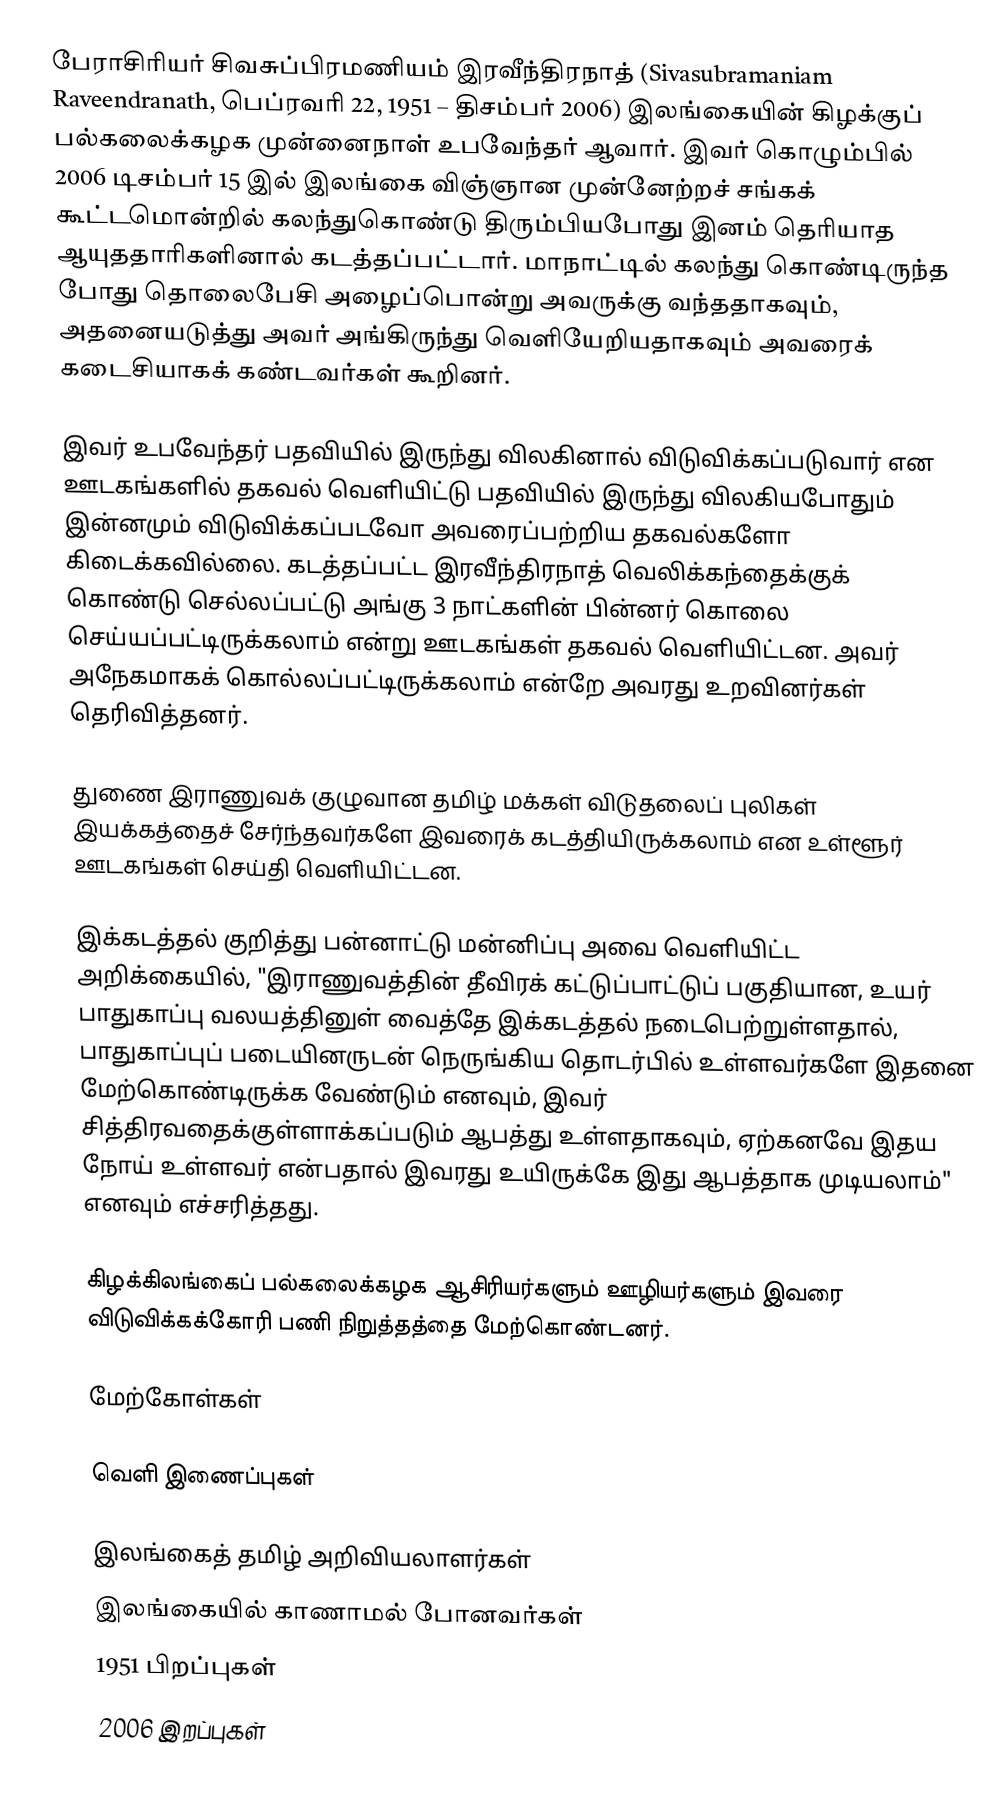
பேராசிரியர் சிவசுப்பிரமணியம் இரவீந்திரநாத் (Sivasubramaniam Raveendranath, பெப்ரவரி 22, 1951 – திசம்பர் 2006) இலங்கையின் கிழக்குப் பல்கலைக்கழக முன்னைநாள் உபவேந்தர் ஆவார். இவர் கொழும்பில் 2006 டிசம்பர் 15 இல் இலங்கை விஞ்ஞான முன்னேற்றச் சங்கக் கூட்டமொன்றில் கலந்துகொண்டு திரும்பியபோது இனம் தெரியாத ஆயுததாரிகளினால் கடத்தப்பட்டார். மாநாட்டில் கலந்து கொண்டிருந்த போது தொலைபேசி அழைப்பொன்று அவருக்கு வந்ததாகவும், அதனையடுத்து அவர் அங்கிருந்து வெளியேறியதாகவும் அவரைக் கடைசியாகக் கண்டவர்கள் கூறினர்.

இவர் உபவேந்தர் பதவியில் இருந்து விலகினால் விடுவிக்கப்படுவார் என ஊடகங்களில் தகவல் வெளியிட்டு பதவியில் இருந்து விலகியபோதும் இன்னமும் விடுவிக்கப்படவோ அவரைப்பற்றிய தகவல்களோ கிடைக்கவில்லை. கடத்தப்பட்ட இரவீந்திரநாத் வெலிக்கந்தைக்குக் கொண்டு செல்லப்பட்டு அங்கு 3 நாட்களின் பின்னர் கொலை செய்யப்பட்டிருக்கலாம் என்று ஊடகங்கள் தகவல் வெளியிட்டன. அவர் அநேகமாகக் கொல்லப்பட்டிருக்கலாம் என்றே அவரது உறவினர்கள் தெரிவித்தனர்.

துணை இராணுவக் குழுவான தமிழ் மக்கள் விடுதலைப் புலிகள் இயக்கத்தைச் சேர்ந்தவர்களே இவரைக் கடத்தியிருக்கலாம் என உள்ளூர் ஊடகங்கள் செய்தி வெளியிட்டன.

இக்கடத்தல் குறித்து பன்னாட்டு மன்னிப்பு அவை வெளியிட்ட அறிக்கையில், "இராணுவத்தின் தீவிரக் கட்டுப்பாட்டுப் பகுதியான, உயர் பாதுகாப்பு வலயத்தினுள் வைத்தே இக்கடத்தல் நடைபெற்றுள்ளதால், பாதுகாப்புப் படையினருடன் நெருங்கிய தொடர்பில் உள்ளவர்களே இதனை மேற்கொண்டிருக்க வேண்டும் எனவும், இவர் சித்திரவதைக்குள்ளாக்கப்படும் ஆபத்து உள்ளதாகவும், ஏற்கனவே இதய நோய் உள்ளவர் என்பதால் இவரது உயிருக்கே இது ஆபத்தாக முடியலாம்" எனவும் எச்சரித்தது.

கிழக்கிலங்கைப் பல்கலைக்கழக ஆசிரியர்களும் ஊழியர்களும் இவரை விடுவிக்கக்கோரி பணி நிறுத்தத்தை மேற்கொண்டனர்.

மேற்கோள்கள்

வெளி இணைப்புகள்

இலங்கைத் தமிழ் அறிவியலாளர்கள்
இலங்கையில் காணாமல் போனவர்கள்
1951 பிறப்புகள்
2006 இறப்புகள்